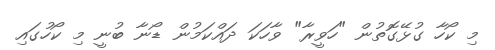
މި ކޯހާ ގުޅޭގޮތުން "ހަވީރާ" ވާހަކަ ދައްކަމުން ޑޯނާ ބުނީ މި ކޯހުގައި